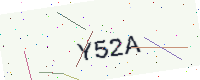
Text: Y52A